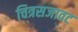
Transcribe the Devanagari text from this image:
चित्रसजावट